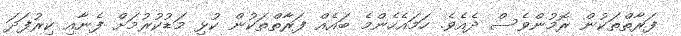
ފަރާތްތަކުން ރޮމުންވެސް ދެއެވެ. ހަމައެހެންމެ ބައެއް ފަރާތްތަކުން ކުޅި މަޑުކުރުމަށް ފެނާއި ކިރުފަދަ